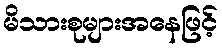
မိသားစုများအနေဖြင့်